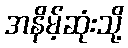
အနိမ့်ဆုံးသို့